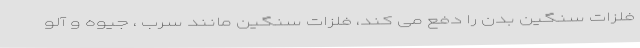
فلزات سنگین بدن را دفع می کند، فلزات سنگین مانند سرب ، جیوه و آلو